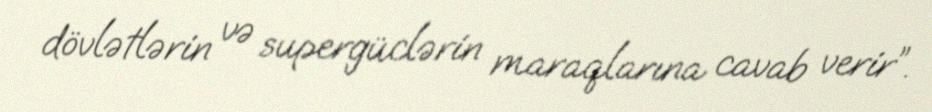
dövlətlərin və supergüclərin maraqlarına cavab verir”.